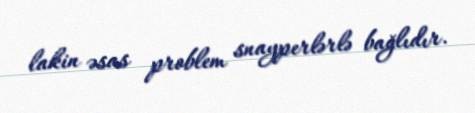
lakin əsas problem snayperlərlə bağlıdır.